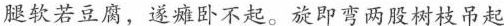
腿软若豆腐，遂瘫卧不起。旋即弯两股树枝吊起